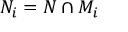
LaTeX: N _ { i } = N \cap M _ { i }